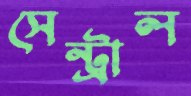
সেন্ট্রাল